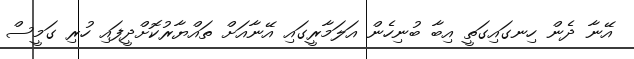
އޭނާ ދެން ހިނގައިގަތީ އިބާ ބުނިހެން އަލަމާރީގައި އޭނާއަށް ތައްޔާރުކޮށްދީފައި ހުރި ގަމީސް